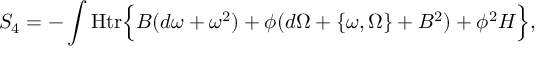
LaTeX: S _ { 4 } = - \int { \mathrm { H t r } } \Bigl \{ B ( d \omega + \omega ^ { 2 } ) + \phi ( d \Omega + \{ \omega , \Omega \} + B ^ { 2 } ) + \phi ^ { 2 } H \Bigr \} ,